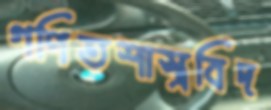
গণিতশাস্ত্রবিদ